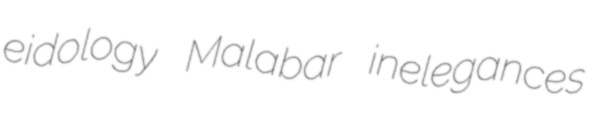
eidology Malabar inelegances